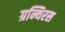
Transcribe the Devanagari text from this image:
ग्रन्थिरस